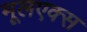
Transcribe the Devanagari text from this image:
मूलएक्स